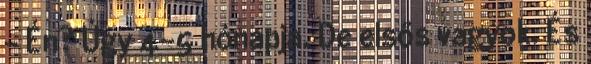
- Én? Úgy 4-5 hónapja. De elsős vagyok. És